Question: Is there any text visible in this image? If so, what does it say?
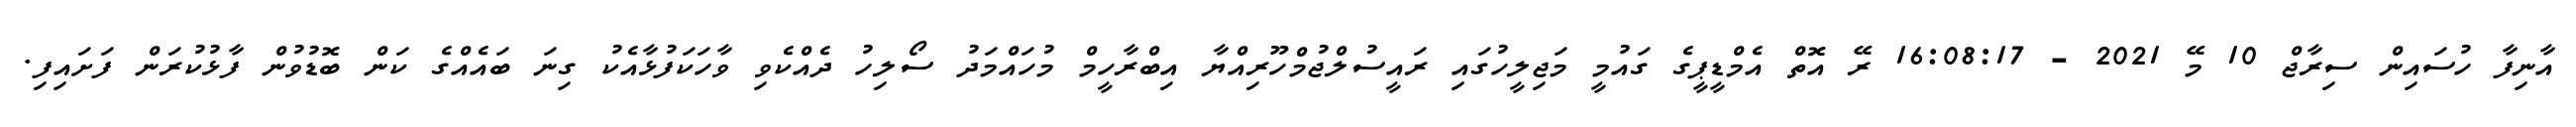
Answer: އާނިފާ ހުސައިން ސިރާޖް 10 މޭ 2021 - 16:08:17 ރޭ އޮތް އެމްޑީޕީގެ ގައުމީ މަޖިލީހުގައި ރައީސުލްޖުމްހޫރިއްޔާ އިބްރާހީމް މުހައްމަދު ސޯލިހު ދެއްކެވި ވާހަކަފުޅާއެކު ގިނަ ބައެއްގެ ކަން ބޮޑުވުން ފާޅުކުރަން ފަށައިފި.